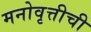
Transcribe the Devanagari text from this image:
मनोवृत्तीची